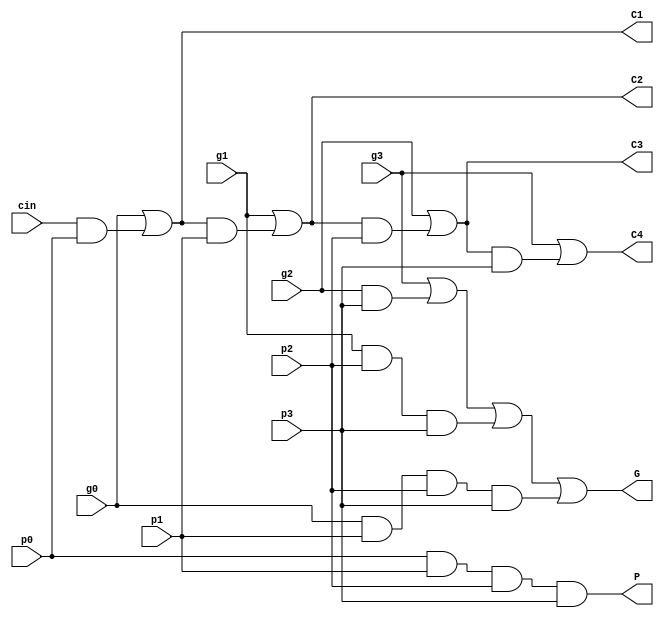
`timescale 1ns / 1ps
//////////////////////////////////////////////////////////////////////////////////
// Company: 
// Engineer: 
// 
// Design Name: 
// Module Name: look_ahead
// Project Name: 
// Target Devices: 
// Tool Versions: 
// Description: 
// 
// Dependencies: 
// 
// Revision:
// Revision 0.01 - File Created
// Additional Comments:
// 
//////////////////////////////////////////////////////////////////////////////////


module look_ahead(g0, p0, g1, p1, g2, p2, g3, p3, cin, C1, C2, C3, C4, G, P);
    input g0, p0, g1, p1, g2, p2, g3, p3;
    input cin;
    output C1, C2, C3, C4, G, P;
    
    assign C1 = g0 | cin & p0;
    assign C2 = g1 | C1 & p1;
    assign C3 = g2 | C2 & p2;
    assign C4 = g3 | C3 & p3;
    
    assign P = p0 & p1 & p2 & p3;
    assign G = g3 | g2 & p3 | g1 & p2 & p3 | g0 & p1 & p2 & p3;
endmodule